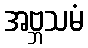
အဗ္ဘသမံ